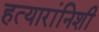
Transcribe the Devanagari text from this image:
हत्यारांनिशी